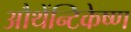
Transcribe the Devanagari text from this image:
औथेंन्टिकेष्ण